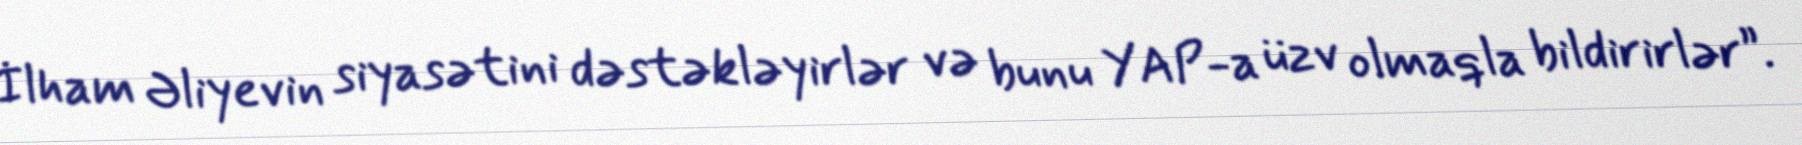
İlham Əliyevin siyasətini dəstəkləyirlər və bunu YAP-a üzv olmaqla bildirirlər”.